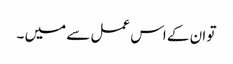
تو ان کے اس عمل سے میں ۔